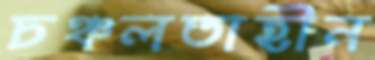
চঞ্চলতাহীন